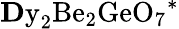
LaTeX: \mathrm{{\mathbf Dy}_{2}Be_{2}GeO_{7}}^{*}